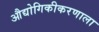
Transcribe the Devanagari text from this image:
औद्योगिकीकरणाला